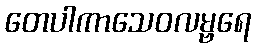
တေပါကာသေဝလမ္ဗရေ